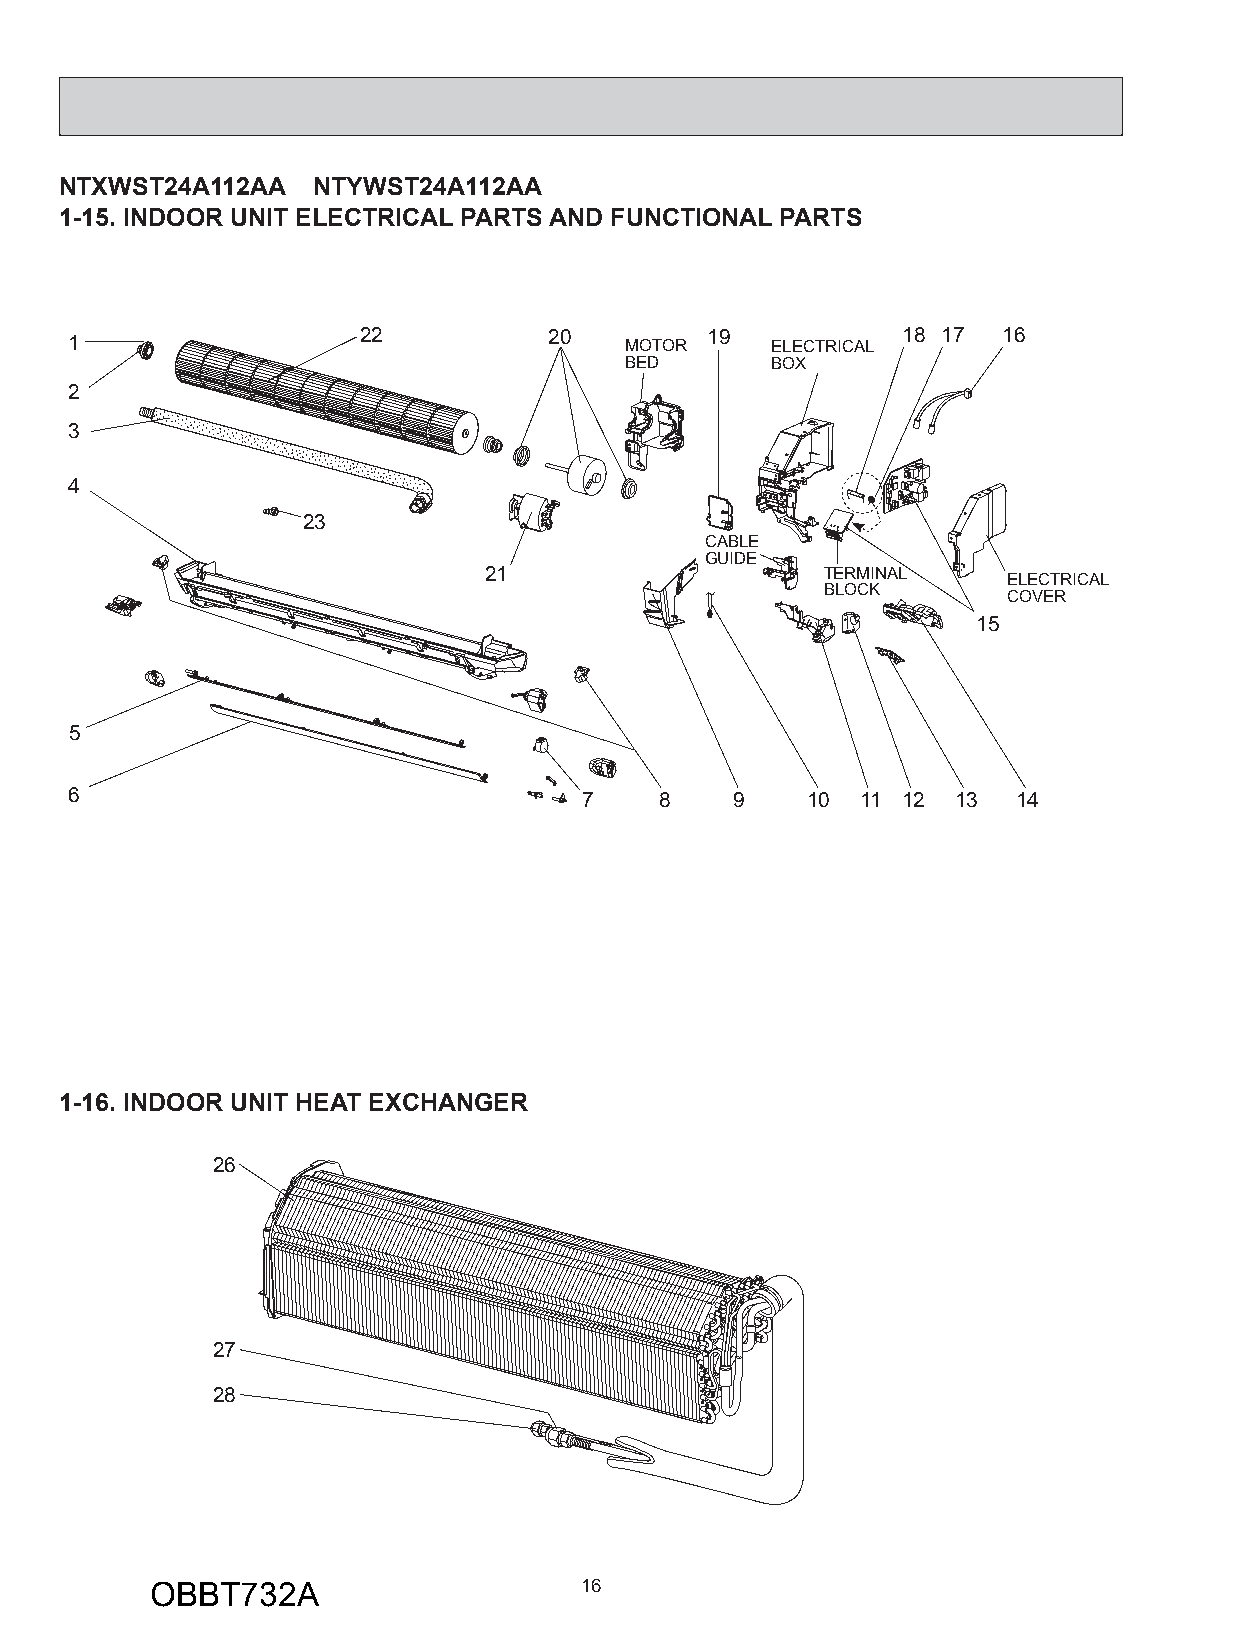
NTXWST24A112AA   NTYWST24A112AA
 1-15. INDOOR UNIT ELECTRICAL PARTS AND FUNCTIONAL PARTS
 1                  22          20   MOTOR 19  ELECTRICAL 18 17 16
 BED       BOX
 2
 3
 4
 23
 CABLE
 GUIDE
 21                    TERMINAL     ELECTRICAL
 BLOCK        COVER
 15
 5
 6                                 7    8    9   10  11 12 13  14
 1-16. INDOOR UNIT HEAT EXCHANGER
 26
 27
 28
 OBBT732A                    16